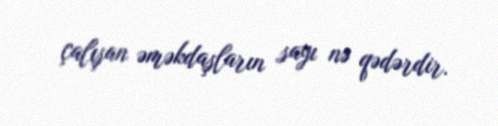
çalışan əməkdaşların sayı nə qədərdir.